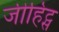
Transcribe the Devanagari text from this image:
जीहिट्स